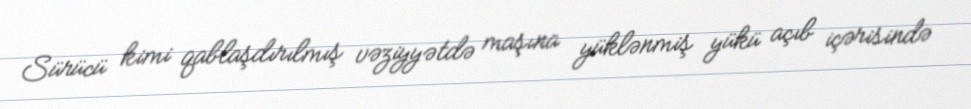
Sürücü kimi qablaşdırılmış vəziyyətdə maşına yüklənmiş yükü açıb içərisində